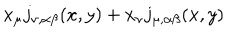
LaTeX: x _ { \mu } j _ { \nu , \alpha \beta } ( x , y ) + x _ { \nu } j _ { \mu , \alpha \beta } ( x , y )